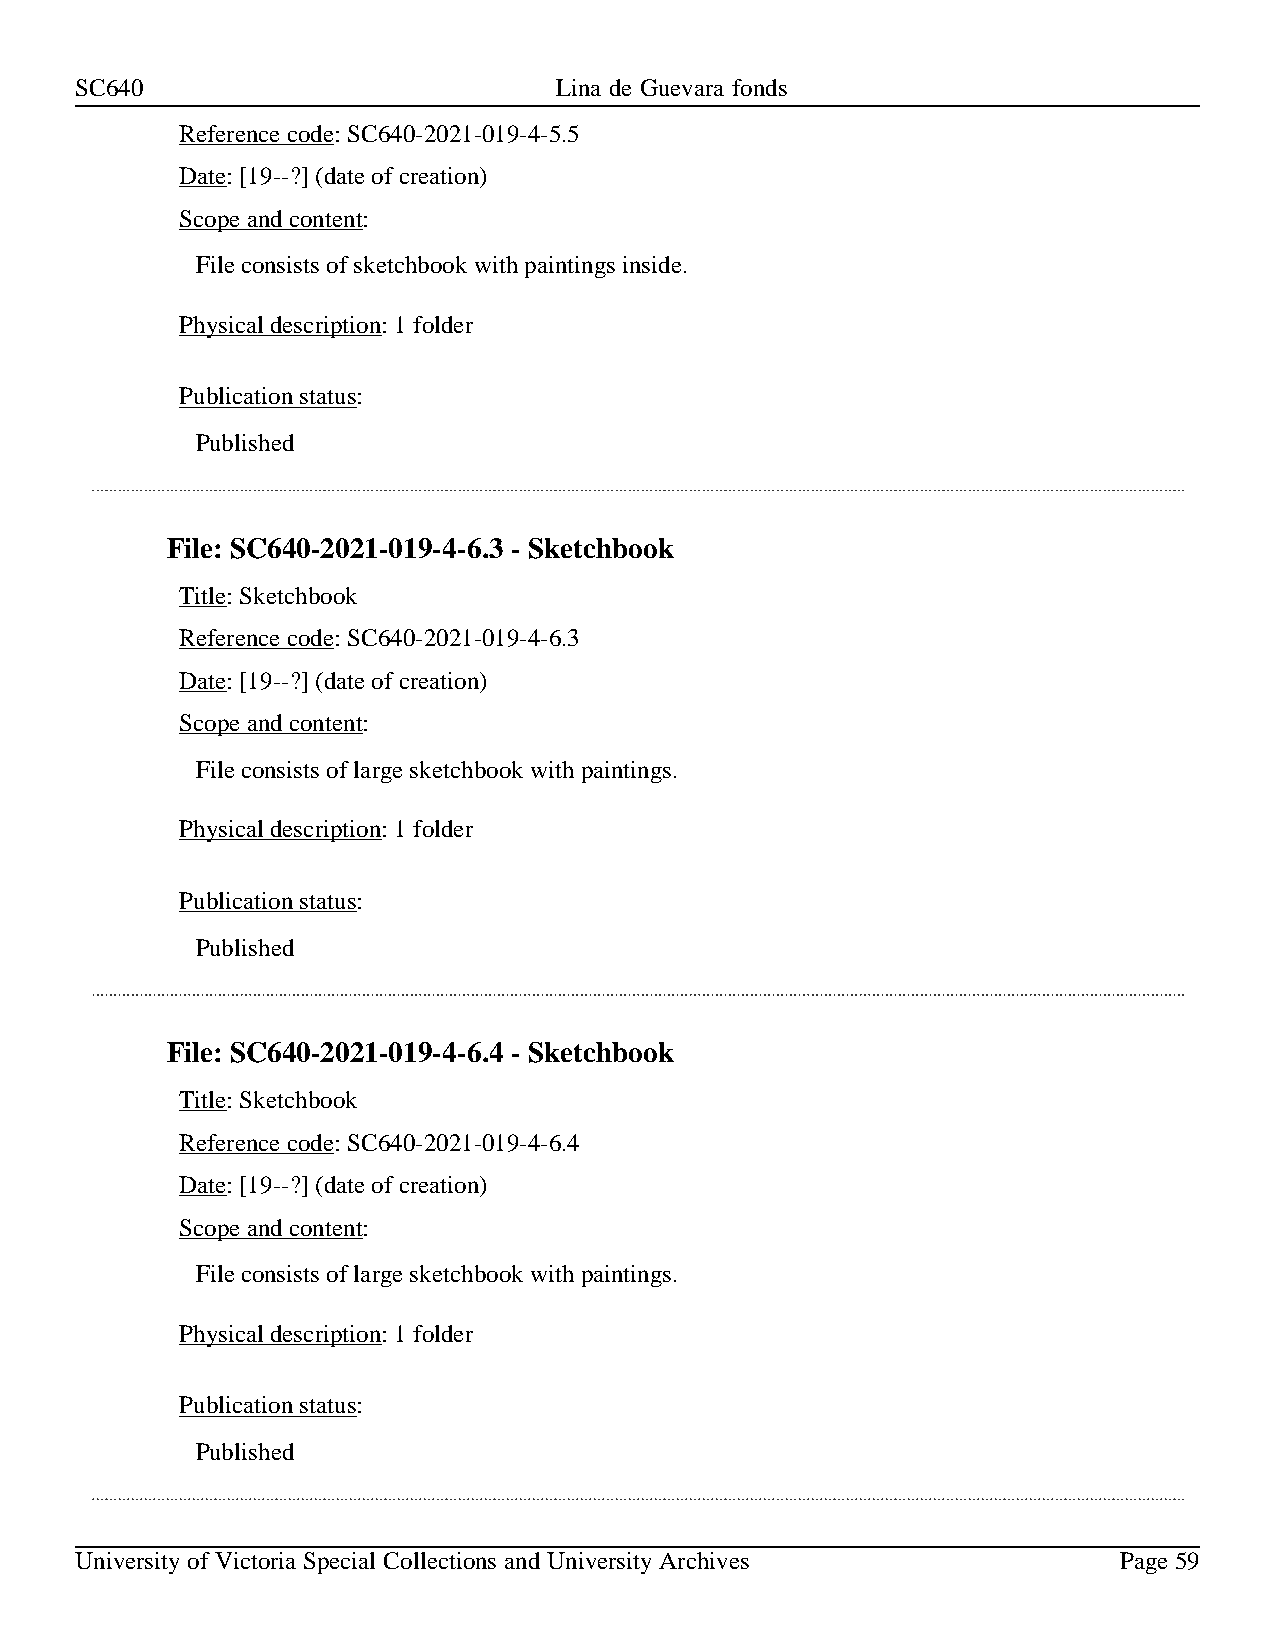
SC640                           Lina de Guevara fonds
 Reference code: SC640-2021-019-4-5.5
 Date: [19--?] (date of creation)
 Scope and content:
 File consists of sketchbook with paintings inside.
 Physical description: 1 folder
 Publication status:
 Published
 File: SC640-2021-019-4-6.3 - Sketchbook
 Title: Sketchbook
 Reference code: SC640-2021-019-4-6.3
 Date: [19--?] (date of creation)
 Scope and content:
 File consists of large sketchbook with paintings.
 Physical description: 1 folder
 Publication status:
 Published
 File: SC640-2021-019-4-6.4 - Sketchbook
 Title: Sketchbook
 Reference code: SC640-2021-019-4-6.4
 Date: [19--?] (date of creation)
 Scope and content:
 File consists of large sketchbook with paintings.
 Physical description: 1 folder
 Publication status:
 Published
 University of Victoria Special Collections and University Archives   Page 59